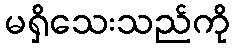
မရှိသေးသည်ကို